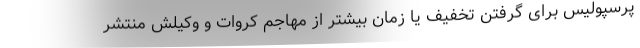
پرسپولیس برای گرفتن تخفیف یا زمان بیشتر از مهاجم کروات و وکیلش منتشر